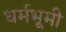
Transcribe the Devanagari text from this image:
धर्मभूमी